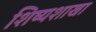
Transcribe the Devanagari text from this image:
शिष्यशाखा